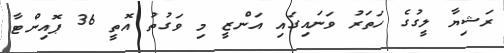
ރަޝިޔާ ލީގުގެ ހަތަރު ވަނައިގައި އަންޒީ މި ވަގުތު އޮތީ 36 ޕޮއިންޓާ